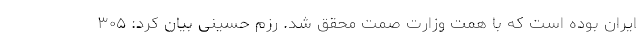
ایران بوده است که با همت وزارت صمت محقق شد. رزم حسینی بیان کرد: ۳۰۵